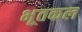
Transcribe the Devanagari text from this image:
भूतकल